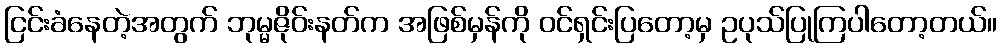
ငြင်းခံနေတဲ့အတွက် ဘုမ္မဇိုဝ်းနတ်က အဖြစ်မှန်ကို ဝင်ရှင်းပြတော့မှ ဥပုသ်ပြုကြပါတော့တယ်။